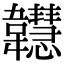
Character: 𩏲